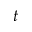
t